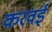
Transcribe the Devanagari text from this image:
करवई